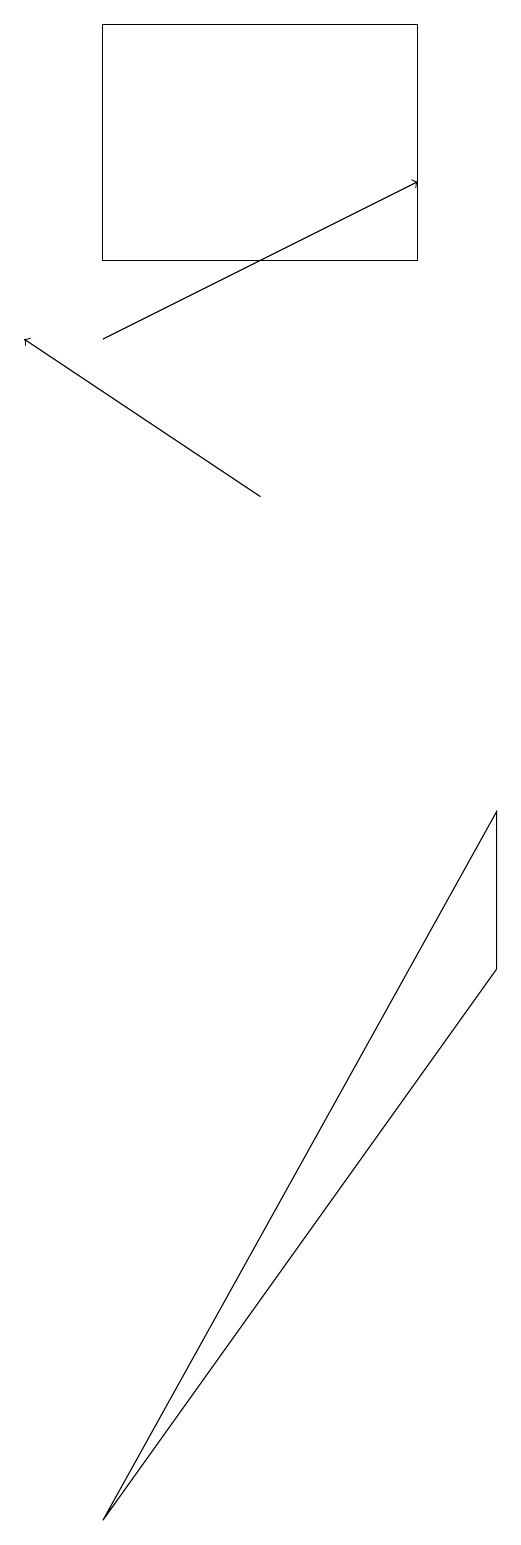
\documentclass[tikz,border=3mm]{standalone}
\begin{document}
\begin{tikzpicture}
\draw[->] (6,13) -- (3,15);
\draw (8,19) rectangle (4,16);
\draw[->] (4,15) -- (8,17);
\draw (9,9) -- (4,0) -- (9,7) -- cycle;
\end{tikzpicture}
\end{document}